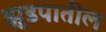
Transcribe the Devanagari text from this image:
झुडपातील